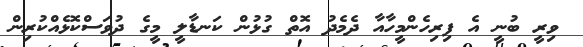
ވިރީ ބުނީ އެ ފިރިހެންމީހާއާ ދެމެދު އޮތް ގުޅުން ކަނޑާލީ މީގެ ދުވަސްކޮޅެއްކުރިން